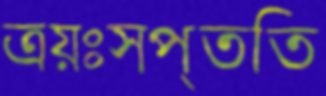
ত্রয়ঃসপ্ততি